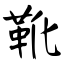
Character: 靴